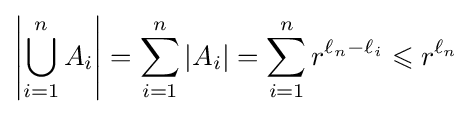
\left|\bigcup _{i=1}^{n}A_{i}\right|=\sum _{i=1}^{n}|A_{i}|=\sum _{i=1}^{n}r^{\ell _{n}-\ell _{i}}\leqslant r^{\ell _{n}}